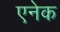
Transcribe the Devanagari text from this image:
एनेक